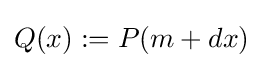
Q(x):=P(m+dx)